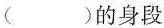
()的身段